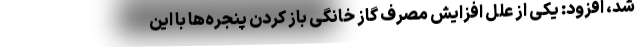
شد، افزود: یکی از علل افزایش مصرف گاز خانگی باز کردن پنجره‌ها با این